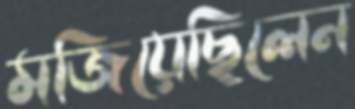
মজিয়েছিলেন